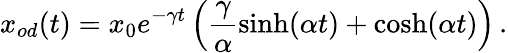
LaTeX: x_{od}(t)=x_{0}e^{-\gamma t}\left(\frac{\gamma}{\alpha}\sinh(\alpha t)+\cosh(\alpha t)\right)\, .